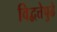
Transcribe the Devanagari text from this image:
विद्वत्तेपुढे